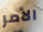
الأمر